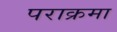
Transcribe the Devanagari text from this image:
पराक्रमा